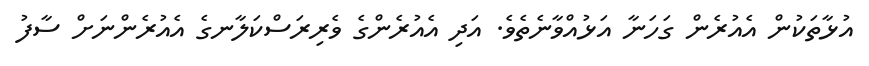
އުޅާތަކުން އެއުރެން ގަހަނާ އަޅުއްވާނެތެވެ. އަދި އެއުރެންގެ ވެރިރަސްކަލާނގެ އެއުރެންނަށް ސާފު